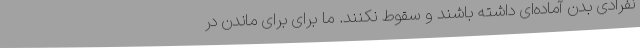
نفرادی بدن آماده‌ای داشته باشند و سقوط نکنند. ما برای برای ماندن در